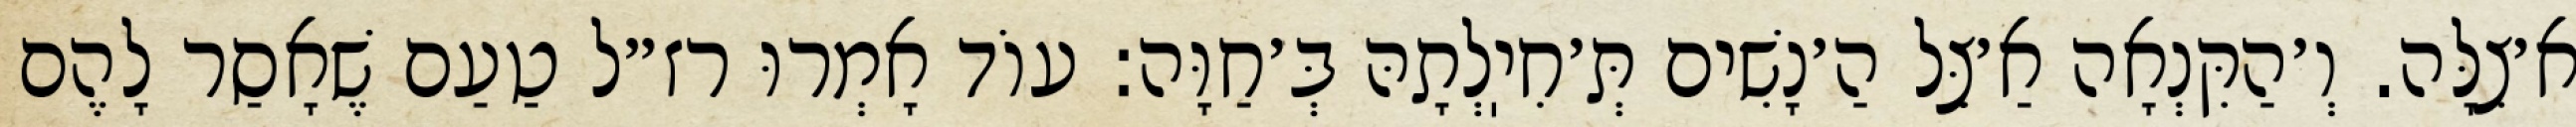
א׳צִלָּה. וְ׳הַקִּנְאָה אַ׳צֵּל הַ׳נָשִׁים תְּ׳חִיֽלְתָהּ בְּ׳חַוָּה: עוֹד אָמְרוּ רז״ל טַעַם שֶׁאָסַר לָהֶם